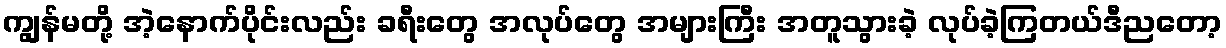
ကျွန်မတို့ အဲ့နောက်ပိုင်းလည်း ခရီးတွေ အလုပ်တွေ အများကြီး အတူသွားခဲ့ လုပ်ခဲ့ကြတယ်ဒီညတော့